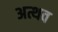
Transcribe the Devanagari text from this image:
अत्थव